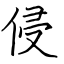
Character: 侵